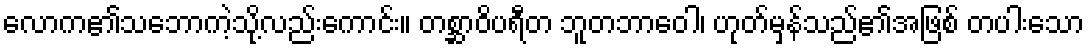
လောက၏သဘောကဲ့သို့လည်းကောင်း။ တစ္ဆာဝိပရီတ ဘူတဘာဝေါ၊ ဟုတ်မှန်သည်၏အဖြစ် တပါးသော